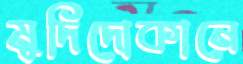
মুদিদোকানে